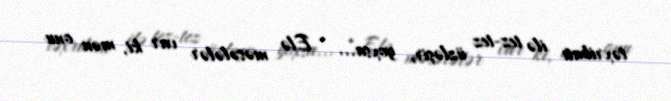
təxribatı ilə tez-tez üzləşir, yoxsa... - Elə məsələlər var ki, mən onu